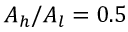
A _ { h } / A _ { l } = 0 . 5